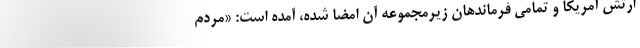
ارتش آمریکا و تمامی فرماندهان زیرمجموعه آن امضا شده، آمده است: «مردم